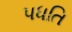
પધતિ